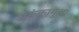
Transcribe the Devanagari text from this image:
अकंकागुआ